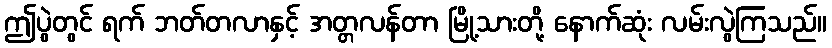
ဤပွဲတွင် ရက် ဘတ်တလာနှင့် အတ္တလန်တာ မြို့သားတို့ နောက်ဆုံး လမ်းလွဲကြသည်။